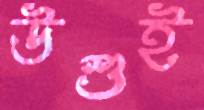
উশুই